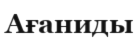
Ағаниды